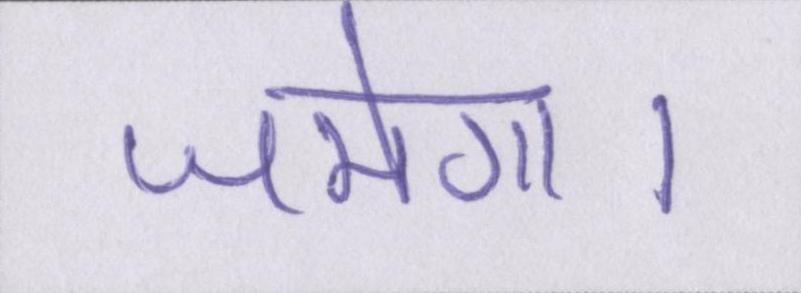
जमेगा।